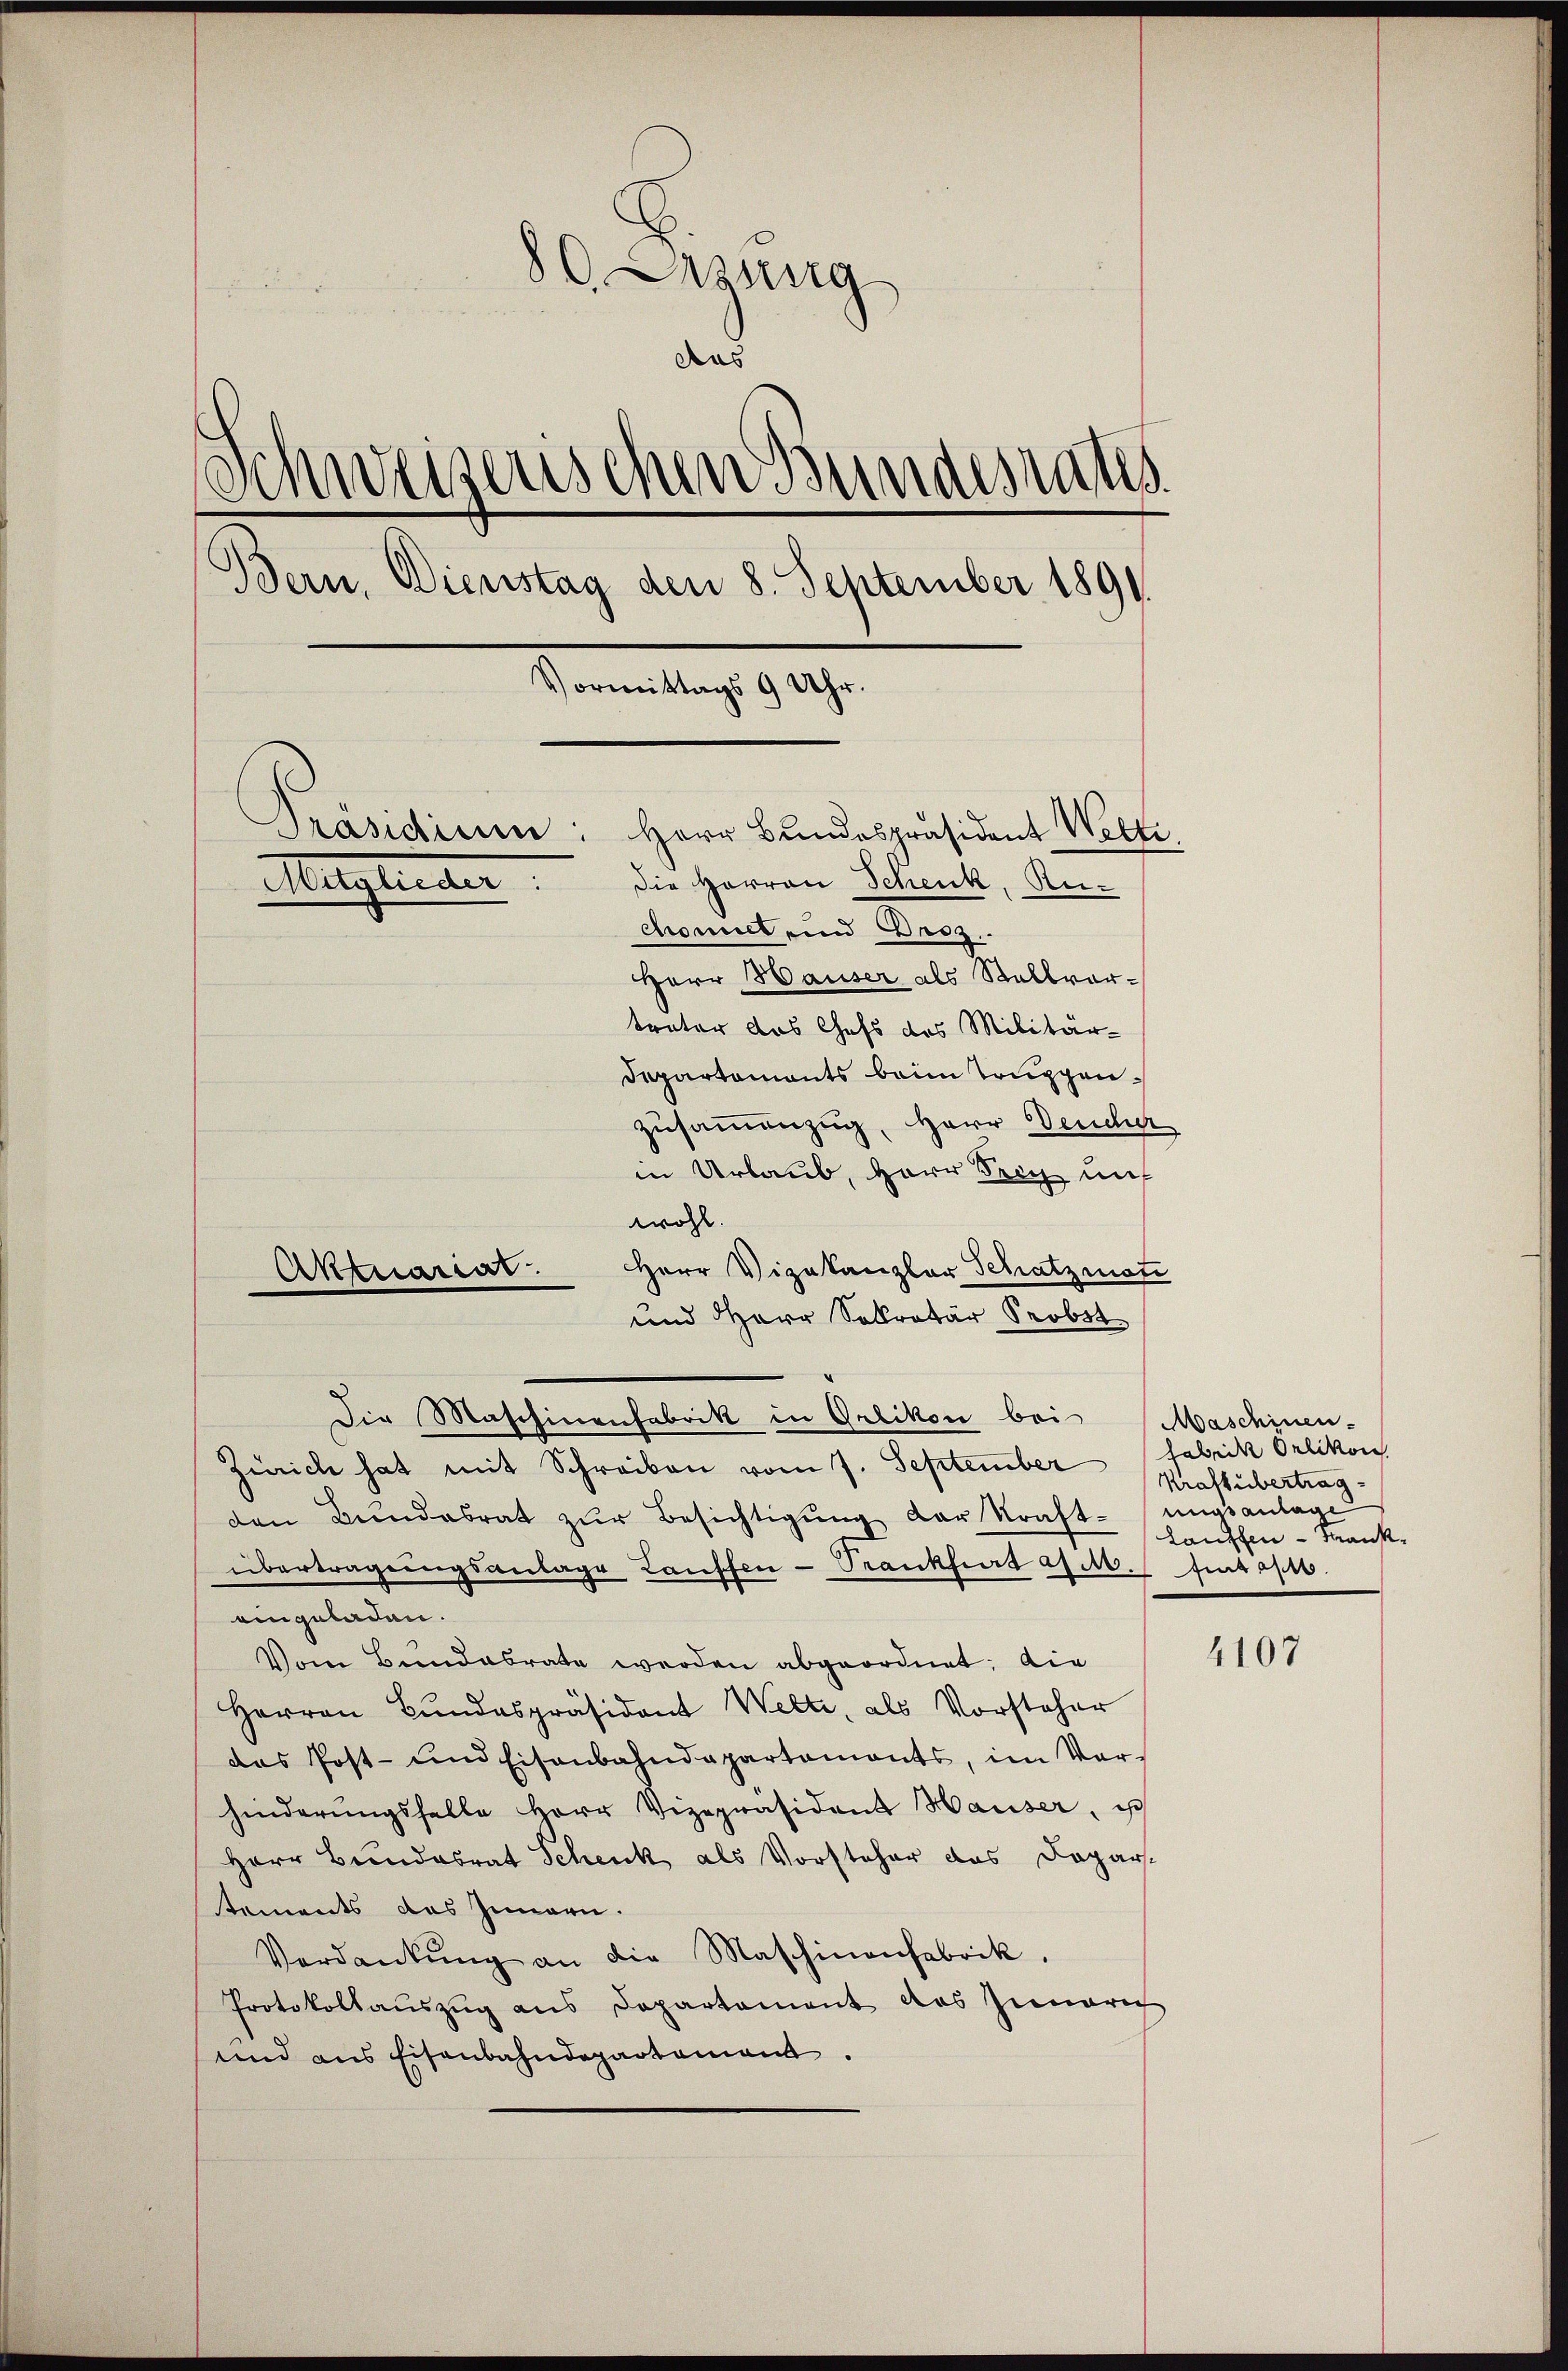
80. Aug
Aus
Schweizerischen Bundesrates
Bern, Dienstag den 8. September 1891.
Vormittags 9 Uhr.
Präsidium:
Herr Bundespräsident Welte,
die Herren Schenk, Re¬
Meglieder
chomit und Droz.
HHerr Hauser als Stallvortrater das Chefs des Militär-
Departaments beim Truppenzusammenzug, Herr Deucher

in Urlaub, Herr Trich uns
wohl.
Herr Vizekanzler Schatzmann
und HHerr Sollretär Probst
Die Maschinenfabrik in Grlikon bei Maschinen-
Zürich hat mit Schreiben vom 7. September Fabrik Orlikon
den Bundesrat zŭr Besichtigŭng der Kraft-ungsanlage
übertragungsanlage Kauffen-Trankfiat a M. hintasie
eingeladen.
Vom Bundesrate werden abgeordnet; die
Herren Bundespräsident Welte, als Vorsteher
das Post- und Eisenbahndepartaments, im Vorhinderŭngsfalle Herr Vizepräsident Hauser, ist
Herr Bundesrat Schenk als Vorsteher das Depar
tements das Innern.
Verdankŭng an die Maschinenfabrik,
Protokollaŭszŭg ans Departament das Innerec
und aus Eisenbahndepartement.

Aktuariat

Kraftübertrag
Lauffen - Man¬

4107